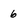
Character: 6